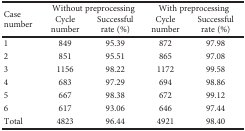
<table><thead><tr><td rowspan="2"><b>Case number</b></td><td colspan="2"><b>Without preprocessing</b></td><td colspan="2"><b>With preprocessing</b></td></tr><tr><td><b>Cycle number</b></td><td><b>Successful rate (%)</b></td><td><b>Cycle number</b></td><td><b>Successful rate (%)</b></td></tr></thead><tbody><tr><td>1</td><td>849</td><td>95.39</td><td>872</td><td>97.98</td></tr><tr><td>2</td><td>851</td><td>95.51</td><td>865</td><td>97.08</td></tr><tr><td>3</td><td>1156</td><td>98.22</td><td>1172</td><td>99.58</td></tr><tr><td>4</td><td>683</td><td>97.29</td><td>694</td><td>98.86</td></tr><tr><td>5</td><td>667</td><td>98.38</td><td>672</td><td>99.12</td></tr><tr><td>6</td><td>617</td><td>93.06</td><td>646</td><td>97.44</td></tr><tr><td>Total</td><td>4823</td><td>96.44</td><td>4921</td><td>98.40</td></tr></tbody></table>